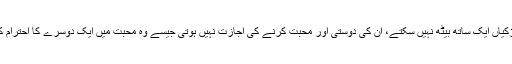
لڑکے اور لڑکیاں ایک ساتھ بیٹھ نہیں سکتے، ان کی دوستی اور محبت کرنے کی اجازت نہیں ہوتی جیسے وہ محبت میں ایک دوسرے کا احترام کھو دیں گے۔